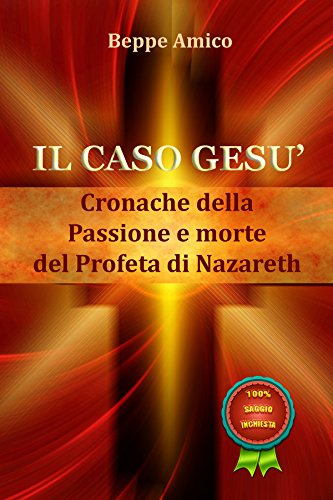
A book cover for Il caso GesÃ¹ - Cronache della Passione e morte del profeta di Nazareth (Italian Edition); Beppe Amico; Christian Books & Bibles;